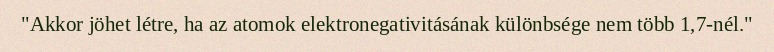
"Akkor jöhet létre, ha az atomok elektronegativitásának különbsége nem több 1,7-nél."